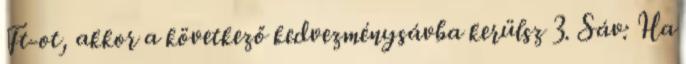
Ft-ot, akkor a következő kedvezménysávba kerülsz 3. Sáv: Ha